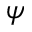
\psi